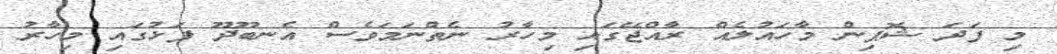
މި ފަދަ ޝޮޕިން މާހައުލެއް ރާއްޖޭގައި މިހާރު ނެތްނަމަވެސް އެނބޫދޫ ފަޅުގައި މިހާރު